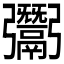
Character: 𩱠